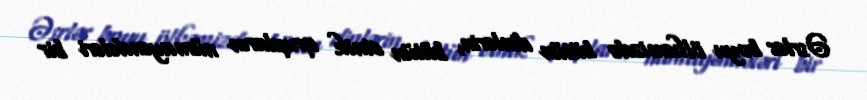
Əsrlər boyu ölkəmizdə bütün dinlərin, bütün etnik qrupların nümayəndələri bir